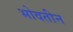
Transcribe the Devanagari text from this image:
भोवतीन